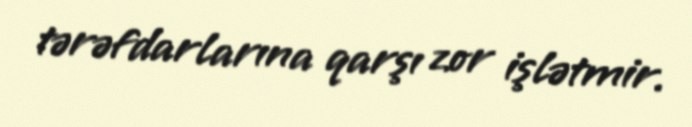
tərəfdarlarına qarşı zor işlətmir.